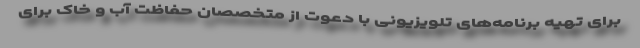
برای تهیه برنامه‌های تلویزیونی با دعوت از متخصصان حفاظت آب و خاک برای